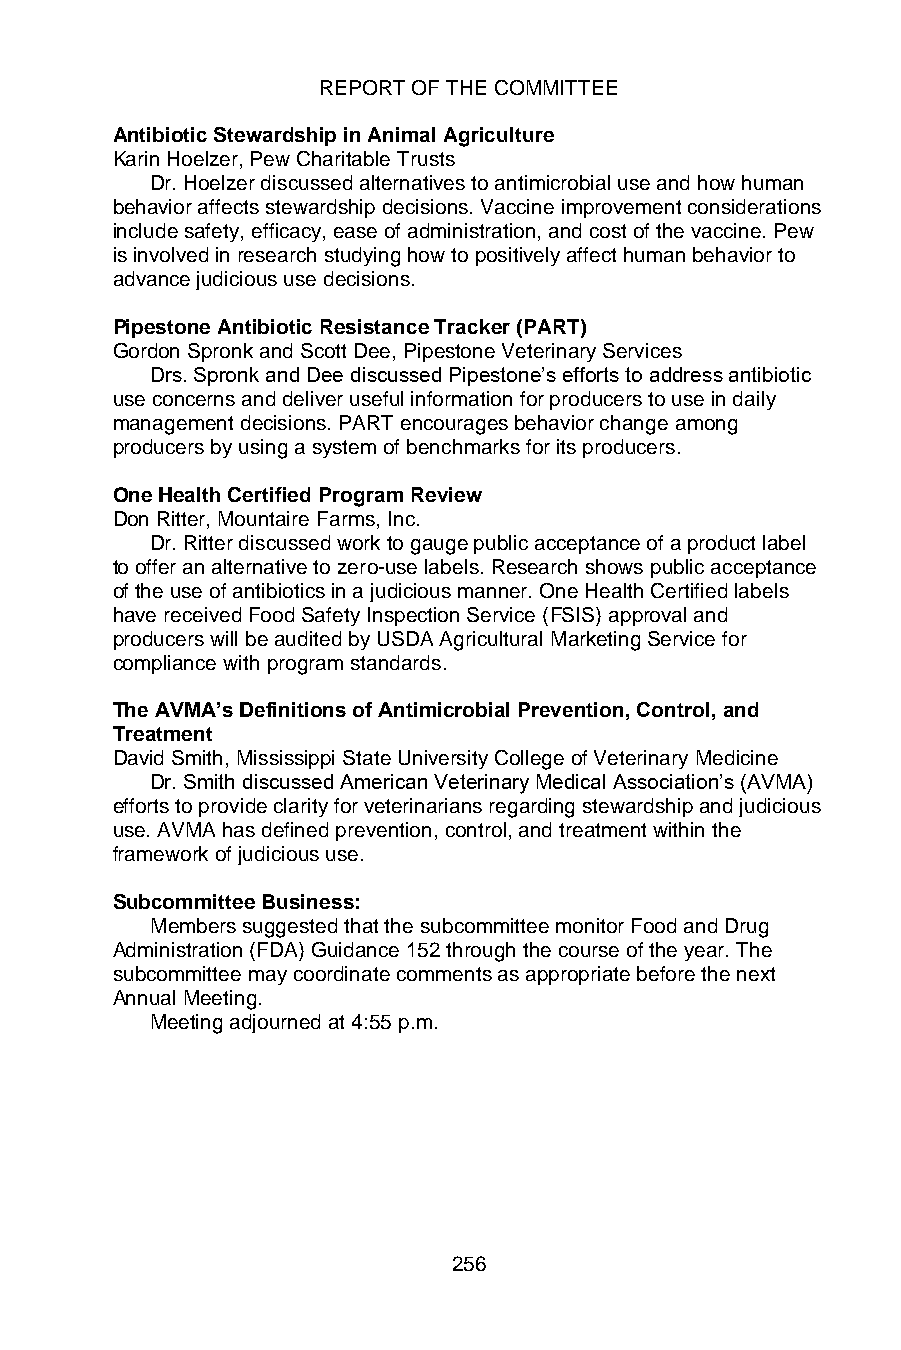
REPORT OF THE COMMITTEE
 Antibiotic Stewardship in Animal Agriculture
 Karin Hoelzer, Pew Charitable Trusts
 Dr. Hoelzer discussed alternatives to antimicrobial use and how human
 behavior affects stewardship decisions. Vaccine improvement considerations
 include safety, efficacy, ease of administration, and cost of the vaccine. Pew
 is involved in research studying how to positively affect human behavior to
 advance judicious use decisions.
 Pipestone Antibiotic Resistance Tracker (PART)
 Gordon Spronk and Scott Dee, Pipestone Veterinary Services
 Drs. Spronk and Dee discussed Pipestone’s efforts to address antibiotic
 use concerns and deliver useful information for producers to use in daily
 management decisions. PART encourages behavior change among
 producers by using a system of benchmarks for its producers.
 One Health Certified Program Review
 Don Ritter, Mountaire Farms, Inc.
 Dr. Ritter discussed work to gauge public acceptance of a product label
 to offer an alternative to zero-use labels. Research shows public acceptance
 of the use of antibiotics in a judicious manner. One Health Certified labels
 have received Food Safety Inspection Service (FSIS) approval and
 producers will be audited by USDA Agricultural Marketing Service for
 compliance with program standards.
 The AVMA’s Definitions of Antimicrobial Prevention, Control, and
 Treatment
 David Smith, Mississippi State University College of Veterinary Medicine
 Dr. Smith discussed American Veterinary Medical Association’s (AVMA)
 efforts to provide clarity for veterinarians regarding stewardship and judicious
 use. AVMA has defined prevention, control, and treatment within the
 framework of judicious use.
 Subcommittee Business:
 Members suggested that the subcommittee monitor Food and Drug
 Administration (FDA) Guidance 152 through the course of the year. The
 subcommittee may coordinate comments as appropriate before the next
 Annual Meeting.
 Meeting adjourned at 4:55 p.m.
 256